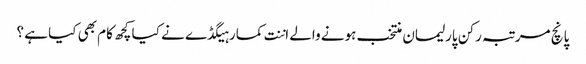
پانچ مرتبہ رکن پارلیمان منتخب ہونے والے اننت کمار ہیگڈے نے کیا کچھ کام بھی کیا ہے ؟